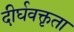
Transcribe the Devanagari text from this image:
दीर्घवक्तृता